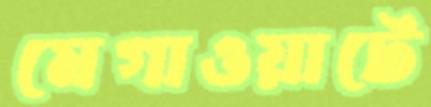
মেগাওয়াটে